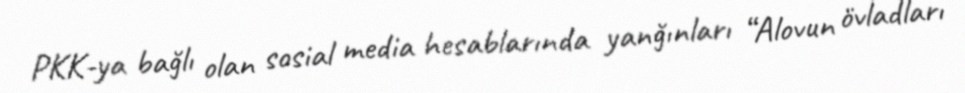
PKK-ya bağlı olan sosial media hesablarında yanğınları “Alovun övladları